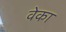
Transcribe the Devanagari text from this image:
वेका